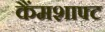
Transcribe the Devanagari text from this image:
कैंमशाफ्ट